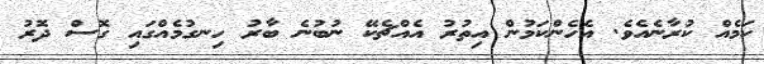
ކަމެއް ކުރާނެއެވެ. އެހެންކަމުން އިތުރު އެއްޗެކޭ ނުބުނެ ބާރު ހިނގުމެއްގައި ގޮސް ދޮރު